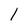
Character: 1